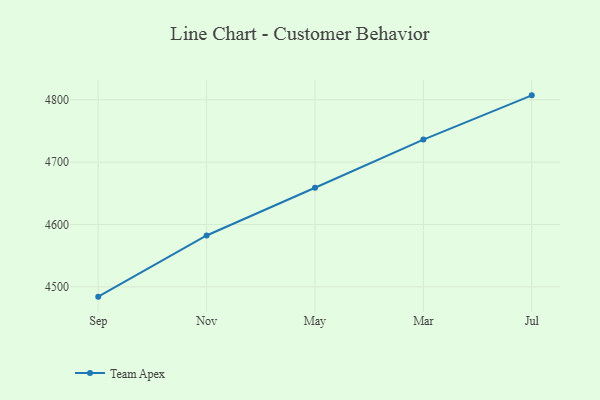
{"axis": {"x": "Month", "y": "Churn Rate (%)"}, "legend": ["Team Apex"], "data": [{"x": "Sep", "y": 4484.3, "type": "Team Apex"}, {"x": "Nov", "y": 4582.4, "type": "Team Apex"}, {"x": "May", "y": 4659.0, "type": "Team Apex"}, {"x": "Mar", "y": 4736.2, "type": "Team Apex"}, {"x": "Jul", "y": 4807.1, "type": "Team Apex"}]}